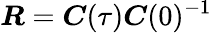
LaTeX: \boldsymbol{R}=\boldsymbol{C}(\tau)\boldsymbol{C}(0)^{-1}